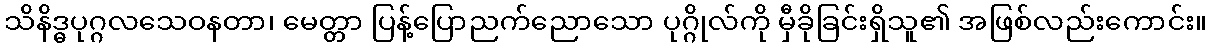
သိနိဒ္ဓပုဂ္ဂလသေဝနတာ၊ မေတ္တာ ပြန့်ပြောညက်ညောသော ပုဂ္ဂိုလ်ကို မှီခိုခြင်းရှိသူ၏ အဖြစ်လည်းကောင်း။